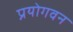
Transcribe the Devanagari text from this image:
प्रयोगवन